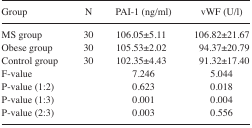
| Group | N | PAI-1 (ng/ml) | vWF (U/l) |
 | --- | --- | --- | --- |
 | MS group | 30 | 106.05±5.11 | 106.82±21.67 |
 | Obese group | 30 | 105.53±2.02 | 94.37±20.79 |
 | Control group | 30 | 102.35±4.43 | 91.32±17.40 |
 | F-value |  | 7.246 | 5.044 |
 | P-value (1:2) |  | 0.623 | 0.018 |
 | P-value (1:3) |  | 0.001 | 0.004 |
 | P-value (2:3) |  | 0.003 | 0.556 |